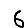
Digit: 6